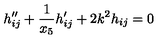
h _ { i j } ^ { \prime \prime } + \frac { 1 } { x _ { 5 } } h _ { i j } ^ { \prime } + 2 k ^ { 2 } h _ { i j } = 0